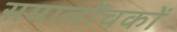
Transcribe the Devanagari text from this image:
समालोंचकों